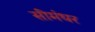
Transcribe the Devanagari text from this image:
सींमंधर